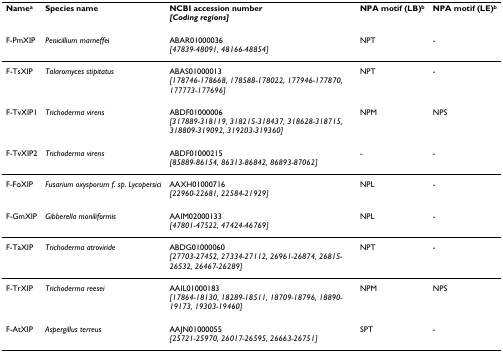
<table><thead><tr><td><b>Name<sup>a</sup></b></td><td><b>Species name</b></td><td><b>NCBI accession number<i>[Coding regions]</i></b></td><td><b>NPA motif (LB)<sup>b</sup></b></td><td><b>NPA motif (LE)<sup>b</sup></b></td></tr></thead><tbody><tr><td>F-PmXIP</td><td><i>Penicillium marneffei</i></td><td>ABAR01000036<i>[47839-48091, 48166-48854]</i></td><td>NPT</td><td>-</td></tr><tr><td>F-TsXIP</td><td><i>Talaromyces stipitatus</i></td><td>ABAS01000013<i>[178746-178668, 178588-178022, 177946-177870, 177773-177696]</i></td><td>NPT</td><td>-</td></tr><tr><td>F-TvXIP1</td><td><i>Trichoderma virens</i></td><td>ABDF01000006<i>[317889-318119, 318215-318437, 318628-318715, 318809-319092, 319203-319360]</i></td><td>NPM</td><td>NPS</td></tr><tr><td>F-TvXIP2</td><td><i>Trichoderma virens</i></td><td>ABDF01000215<i>[85889-86154, 86313-86842, 86893-87062]</i></td><td>-</td><td>-</td></tr><tr><td>F-FoXIP</td><td><i>Fusarium oxysporum f. sp. Lycopersici</i></td><td>AAXH01000716<i>[22960-22681, 22584-21929]</i></td><td>NPL</td><td>-</td></tr><tr><td>F-GmXIP</td><td><i>Gibberella moniliformis</i></td><td>AAIM02000133<i>[47801-47522, 47424-46769]</i></td><td>NPL</td><td>-</td></tr><tr><td>F-TaXIP</td><td><i>Trichoderma atroviride</i></td><td>ABDG01000060<i>[27703-27452, 27334-27112, 26961-26874, 26815-26532, 26467-26289]</i></td><td>NPT</td><td>-</td></tr><tr><td>F-TrXIP</td><td><i>Trichoderma reesei</i></td><td>AAIL01000183<i>[17864-18130, 18289-18511, 18709-18796, 18890-19173, 19303-19460]</i></td><td>NPM</td><td>NPS</td></tr><tr><td>F-AtXIP</td><td><i>Aspergillus terreus</i></td><td>AAJN01000055<i>[25721-25970, 26017-26595, 26663-26751]</i></td><td>SPT</td><td>-</td></tr></tbody></table>